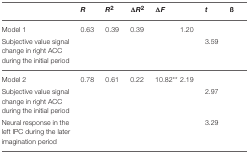
<table><thead><tr><td>[EMPTY_CELL]</td><td><b><i>R</i></b></td><td><b><i>R</i><sup>2</sup></b></td><td><b>Δ<i>R</i><sup>2</sup></b></td><td><b>Δ<i>F</i></b></td><td>[EMPTY_CELL]</td><td><b><i>t</i></b></td><td><b>ß</b></td></tr></thead><tbody><tr><td>Model 1</td><td>0.63</td><td>0.39</td><td>0.39</td><td>[EMPTY_CELL]</td><td>1.20</td><td>[EMPTY_CELL]</td><td>[EMPTY_CELL]</td></tr><tr><td>Subjective value signal change in right ACC during the initial period</td><td>[EMPTY_CELL]</td><td>[EMPTY_CELL]</td><td>[EMPTY_CELL]</td><td>[EMPTY_CELL]</td><td>[EMPTY_CELL]</td><td>3.59</td><td>[EMPTY_CELL]</td></tr><tr><td>Model 2</td><td>0.78</td><td>0.61</td><td>0.22</td><td>10.82<sup>**</sup></td><td>2.19</td><td>[EMPTY_CELL]</td><td>[EMPTY_CELL]</td></tr><tr><td>Subjective value signal change in right ACC during the initial period</td><td>[EMPTY_CELL]</td><td>[EMPTY_CELL]</td><td>[EMPTY_CELL]</td><td>[EMPTY_CELL]</td><td>[EMPTY_CELL]</td><td>2.97</td><td>[EMPTY_CELL]</td></tr><tr><td>Neural response in the left IPC during the later imagination period</td><td>[EMPTY_CELL]</td><td>[EMPTY_CELL]</td><td>[EMPTY_CELL]</td><td>[EMPTY_CELL]</td><td>[EMPTY_CELL]</td><td>3.29</td><td>[EMPTY_CELL]</td></tr></tbody></table>